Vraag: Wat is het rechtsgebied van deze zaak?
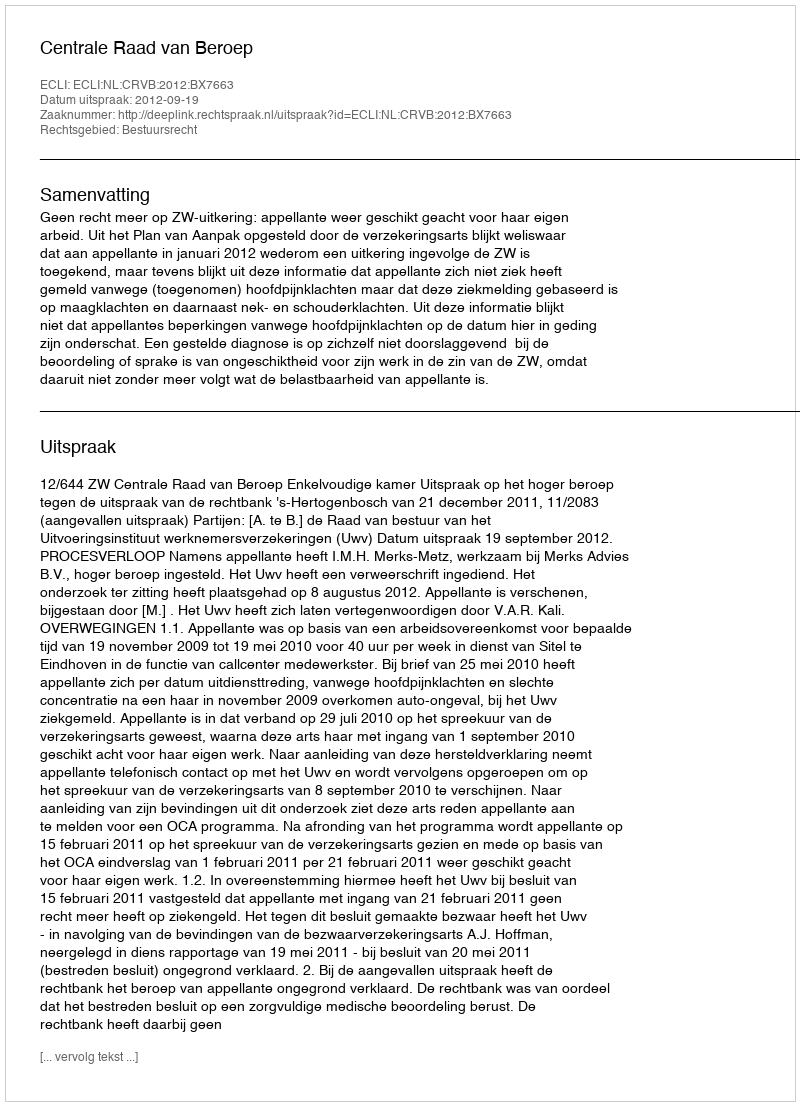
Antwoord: Bestuursrecht